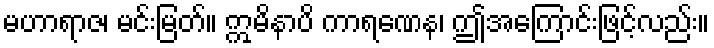
မဟာရာဇ၊ မင်းမြတ်။ ဣမိနာပိ ကာရဏေန၊ ဤအကြောင်းဖြင့်လည်း။